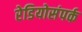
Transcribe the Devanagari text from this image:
रेडियोसंपर्क